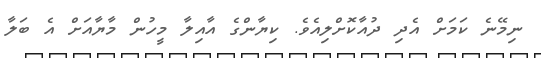
ނިމޭނެ ކަމަށް އެދި ދުއާކޮށްލިއެވެ. ކިޔާންގެ އާއިލާ މީހުން މާޔާއަށް އެ ބަލާ